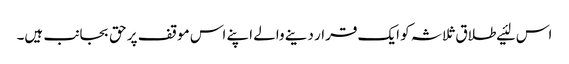
اس لئیے طلاق ثلاثہ کو ایک قرار دینے والے اپنے اس موقف پر حق بجانب ہیں۔